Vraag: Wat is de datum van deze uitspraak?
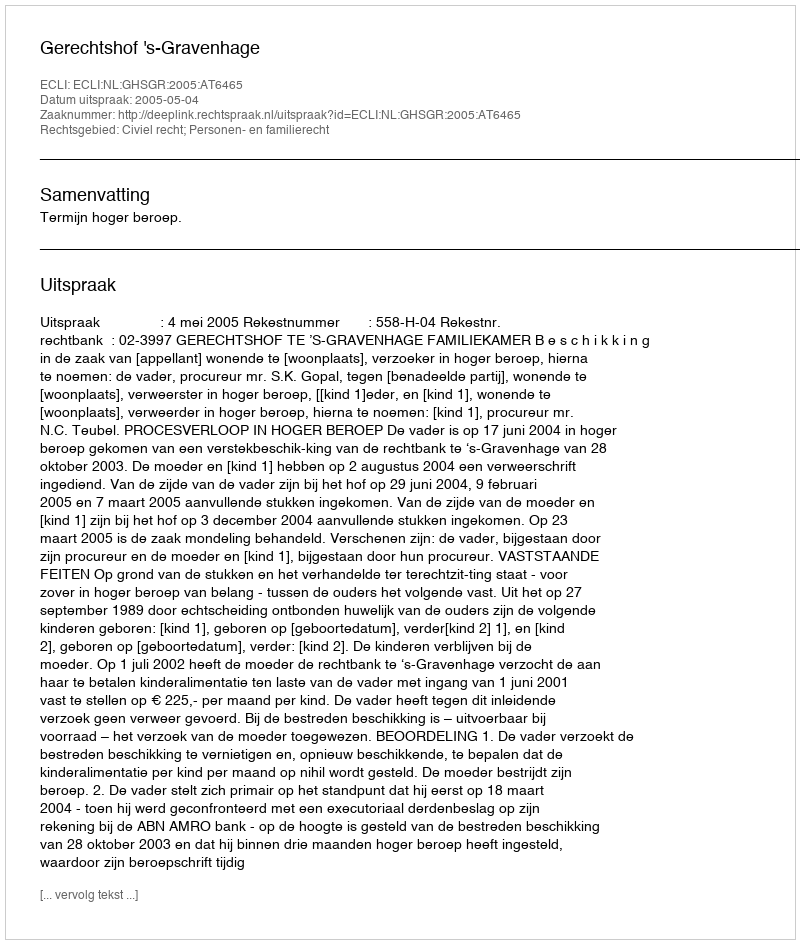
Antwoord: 2005-05-04